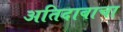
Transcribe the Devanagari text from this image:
अतिदाबाचा